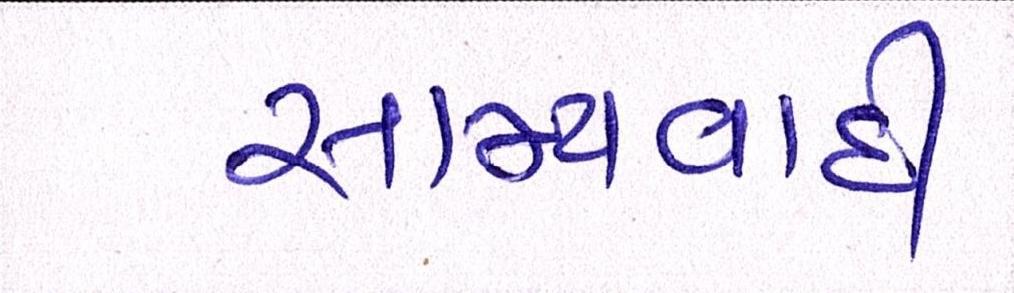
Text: સામ્યવાદી